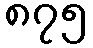
၈၇၅